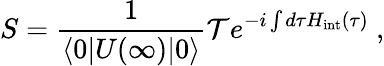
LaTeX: S={\frac{1}{\left\langle 0|U(\infty)|0\right\rangle}}{\mathcal{T}}e^{-i\int{d\tau H_{\mathrm{{int}}}(\tau)}}~,